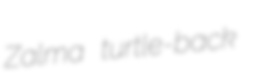
Zalma turtle-back